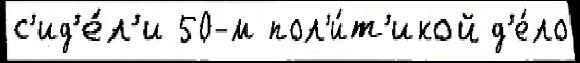
с'ид'е́л'и 50-м пол'и́т'икой д'е́ло